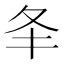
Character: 𡕖